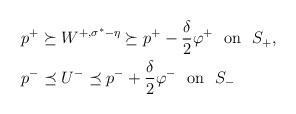
LaTeX: \begin{align*}&p^+\succeq W^{+,\sigma^*-\eta}\succeq p^+ -\frac{\delta}{2}\varphi^+\ \ {\rm on}\ \ S_+,\\&p^-\preceq U^{-}\preceq p^-+\frac{\delta}{2}\varphi^-\ \ {\rm on}\ \ S_-\end{align*}